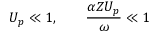
U _ { p } \ll 1 , \qquad \frac { \alpha Z U _ { p } } { \omega } \ll 1